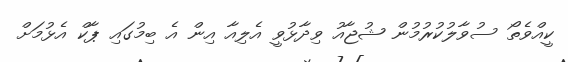
ކީއްވެތޯ ސުވާލުކުރުމުން ޝުޖާއު ވިދާޅުވީ އެލިއާ އިން އެ ބިމުގައި ޕާކް އެޅުމަށް